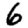
Digit: 6